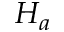
H _ { a }